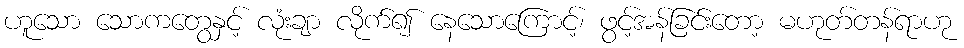
ဟူသော သောကတွေနှင့် လုံးချာ လိုက်၍ နေသောကြောင့်၊ ဖွင့်အန်ခြင်းတော့ မဟုတ်တန်ရာဟု